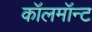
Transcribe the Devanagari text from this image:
कॉलमॉन्ट